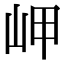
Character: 岬